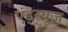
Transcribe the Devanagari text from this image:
एंड्र्यूज़